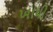
ખાધી